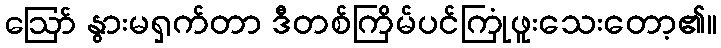
ဪ နွားမရှက်တာ ဒီတစ်ကြိမ်ပင်ကြုံဖူးသေးတော့၏။